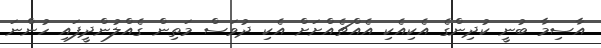
އާސިމާ ބުނީ ކުދިންގެ އެކިއެކި އެއްޗެއްށަށް އެކި ދުވަސް މަތިން ގެއްލުންދީފައި ހުންނަ